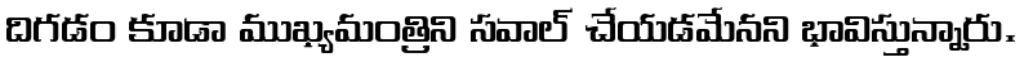
దిగడం కూడా ముఖ్యమంత్రిని సవాల్ చేయడమేనని భావిస్తున్నారు.